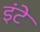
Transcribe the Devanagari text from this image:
इंटे